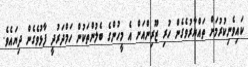
ކައިވެނިކުރުމަށް ތައްޔާރުވެގެން ހުރި ޒޫރިންއަށް އެ މީހުންގެ ބެލުންތަކުން ހަމްދަރުދީ ފާޅުވެގެން ދިޔައެވެ.